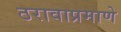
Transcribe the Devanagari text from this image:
ठरावाप्रमाणे